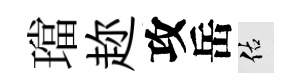
璫趂攻岳佑